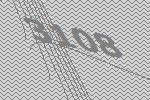
3108